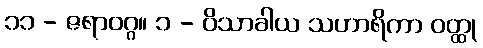
၁၁ - ဇရာဝဂ္ဂ။ ၁ - ဝိသာခါယ သဟာရိကာ ဝတ္ထု